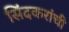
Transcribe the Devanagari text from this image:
सिंदकरांची